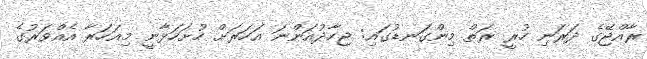
ރާއްޖޭގެ ދަރަނި ހުރީ ރަތް މިންގަނޑުގައި: ޖިހާދުއަންނަ އަހަރަށް ހުށަހަޅާނީ މިއަހަރާ އެއްވަރުގެ